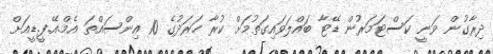
ދިރާގުން ވަނީ ކަސްޓަމަރުން ޑޭޓާ ބައްލަވައިގަތުމަށް ކުރާ ހަރަދުގެ 10 އިންސައްތަ އެމް.އޭ.ފީ.ޑީއަށް